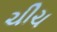
ચીચ